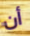
أن